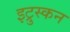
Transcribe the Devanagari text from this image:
इट्रुस्कन